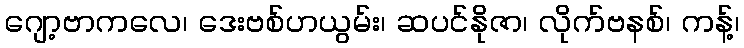
ဂျော့ဗာကလေ၊ ဒေးဗစ်ဟယွမ်း၊ ဆပင်နိုဇာ၊ လိုက်ဗနစ်၊ ကန့်၊